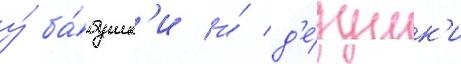
у́ ба́бушк'и и́ д'е́душк'и